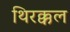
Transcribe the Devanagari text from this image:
थिरक्कल